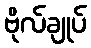
ဗိုလ်ချုပ်